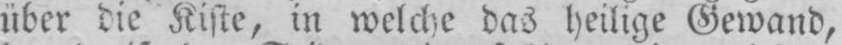
über die Kiste, in welche das heilige Gewand,